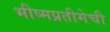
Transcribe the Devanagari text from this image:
भीष्मप्रतीमेची